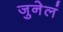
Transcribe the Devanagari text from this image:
जुनेलं